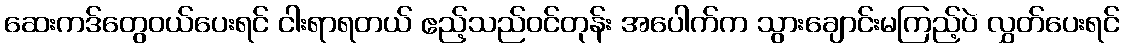
ဆေးကဒ်တွေဝယ်ပေးရင် ငါးရာရတယ် ဧည့်သည်ဝင်တုန်း အပေါက်က သွားချောင်းမကြည့်ပဲ လွှတ်ပေးရင်